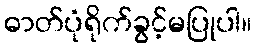
ဓာတ်ပုံရိုက်ခွင့်မပြုပါ။